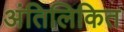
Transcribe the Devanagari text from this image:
अंतिलिकित